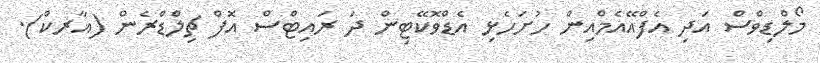
މޯލްޑިވްސް އަދި އެފްއޭއެމްއިން ހުށަހެޅި އެޑްވޮކޭޓިން ދަ ރައިޓްސް އޮފް ޗިލްޑްރެން (އާރކް).